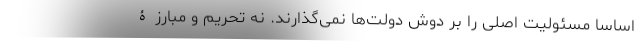
اساساً مسئولیت اصلی را بر دوش دولت‌ها نمی‌گذارند. نه تحریم و مبارزۀ